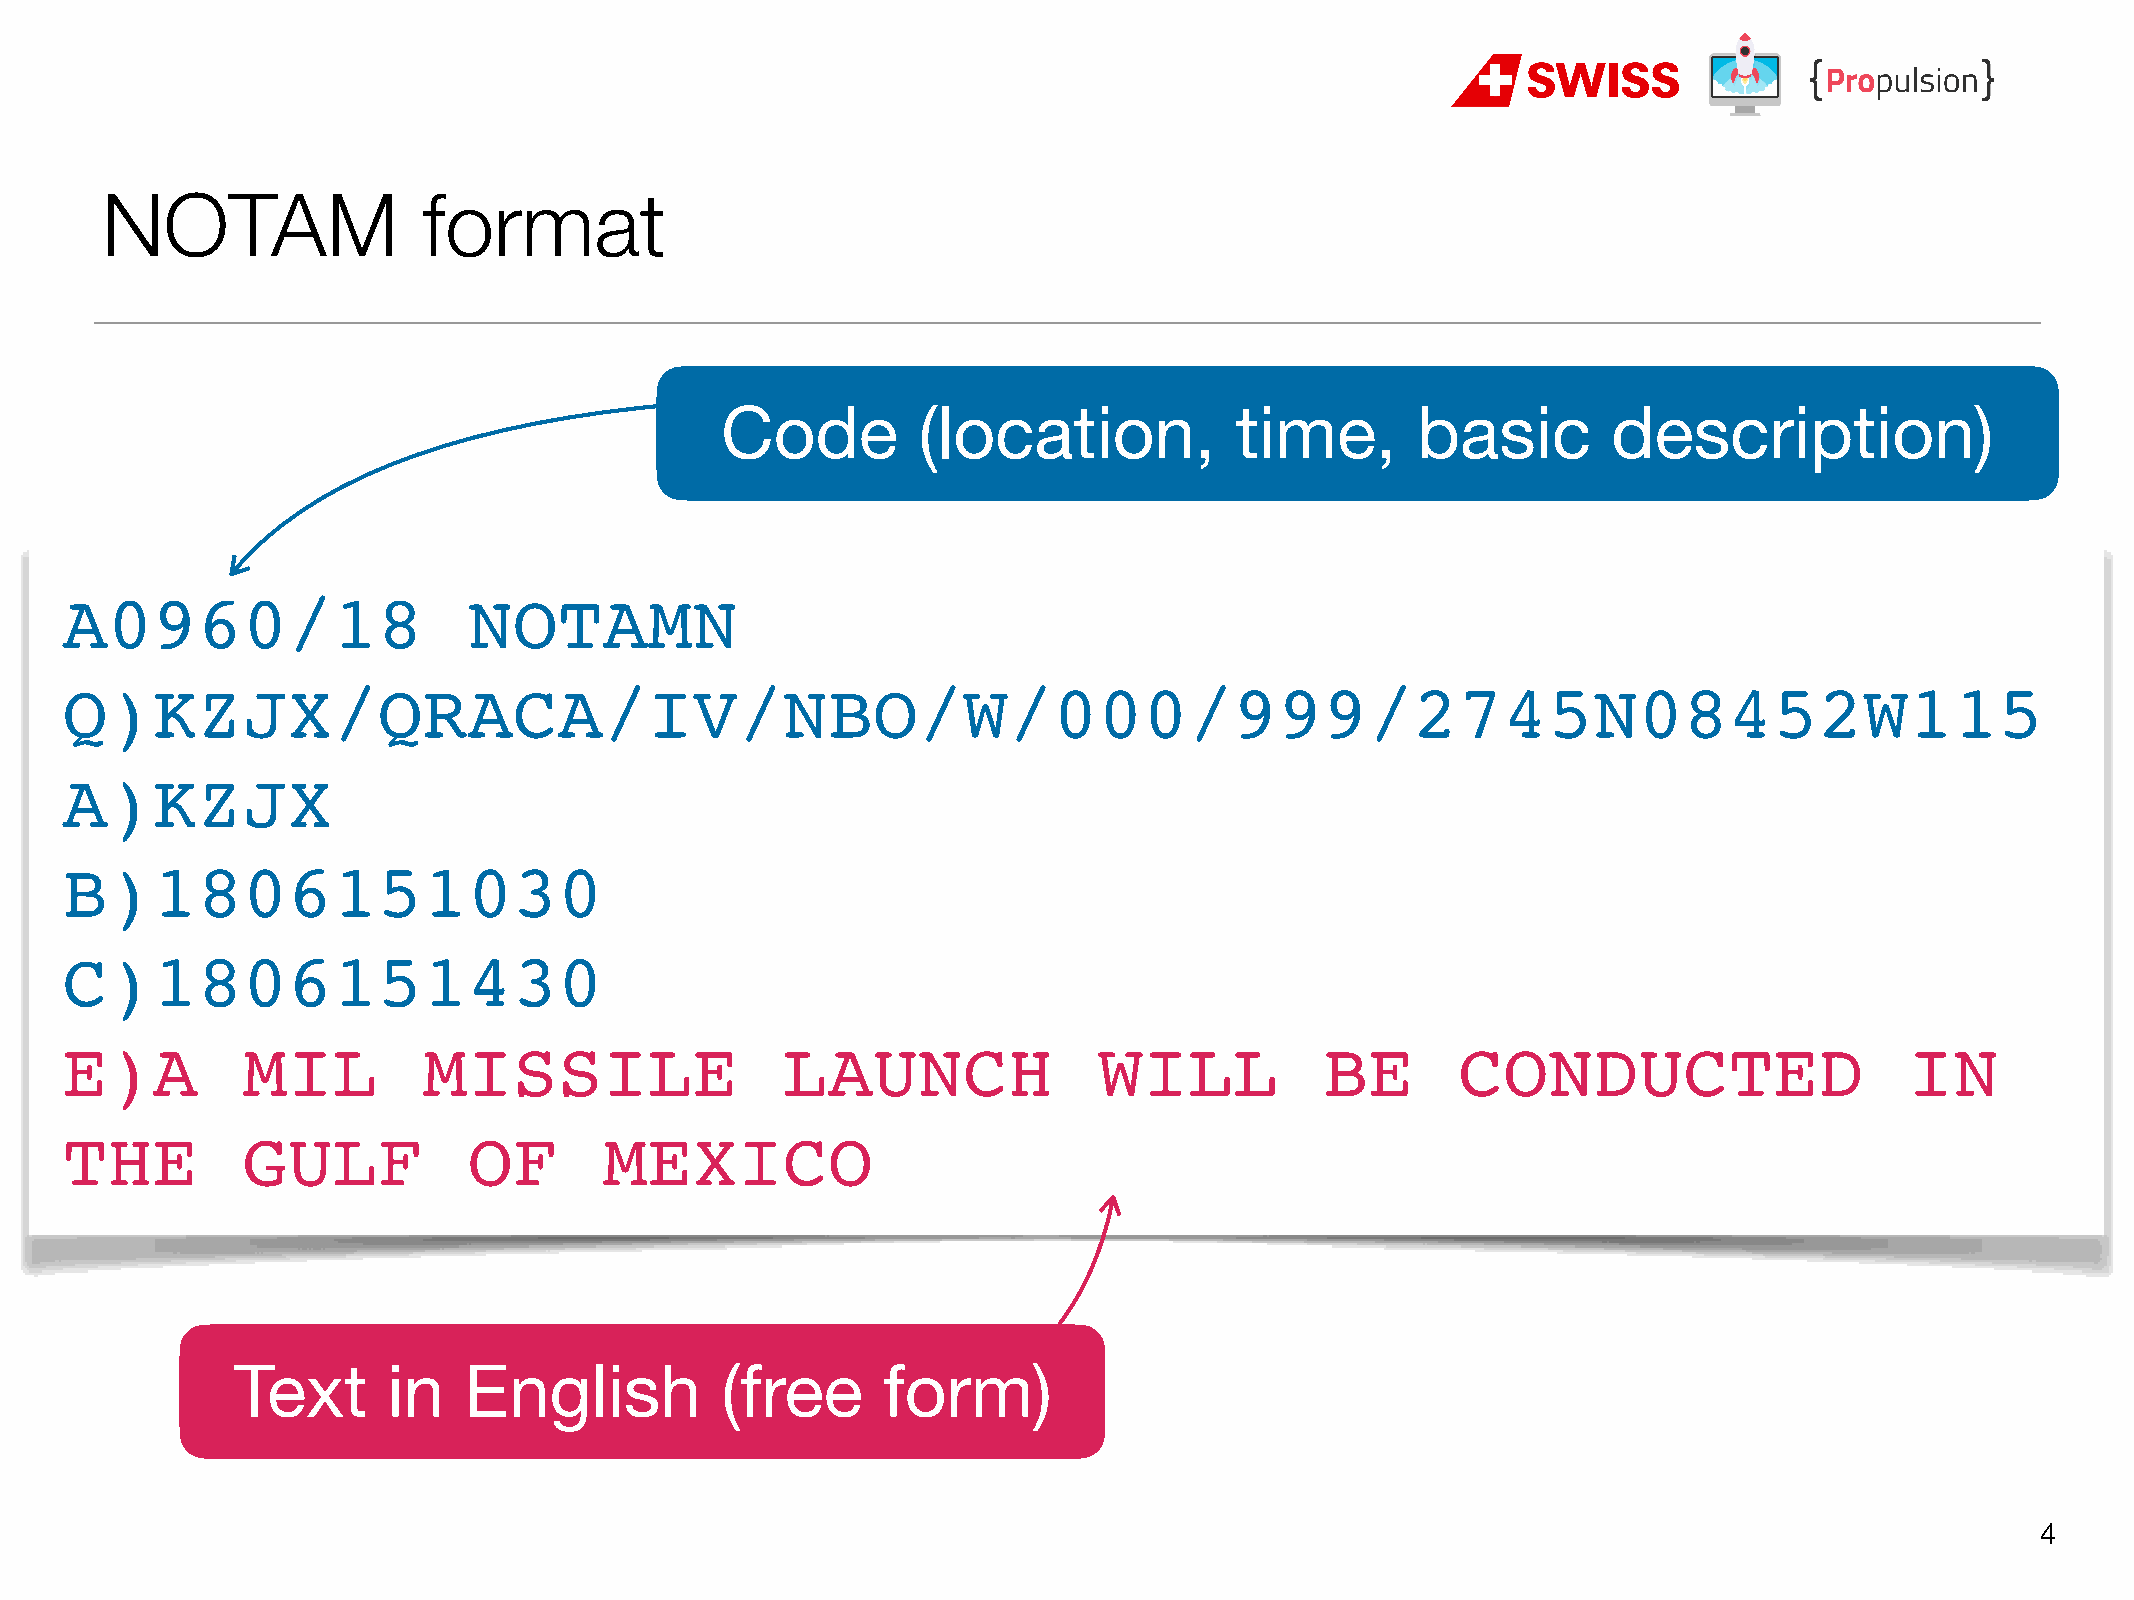
NOTAM                format
 Code         (location,           time,       basic        description)
 A0960/18                   NOTAMN
 Q)KZJX/QRACA/IV/NBO/W/000/999/2745N08452W115
 A)KZJX
 B)1806151030
 C)1806151430
 E)A         MIL         MISSILE                 LAUNCH               WILL           BE       CONDUCTED                    IN
 THE         GULF           OF       MEXICO
 Text       in   English          (free     form)
 4